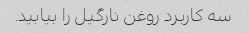
سه کاربرد روغن نارگیل را بیابید.